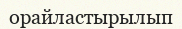
орайластырылып